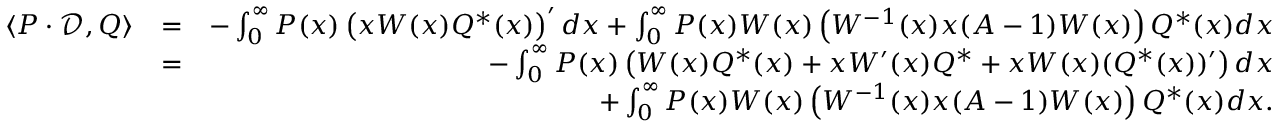
\begin{array} { r l r } { \langle P \cdot \mathcal { D } , Q \rangle } & { = } & { - \int _ { 0 } ^ { \infty } P ( x ) \left( x W ( x ) Q ^ { \ast } ( x ) \right) ^ { \prime } d x + \int _ { 0 } ^ { \infty } P ( x ) W ( x ) \left( W ^ { - 1 } ( x ) x ( A - 1 ) W ( x ) \right) Q ^ { \ast } ( x ) d x } \\ & { = } & { - \int _ { 0 } ^ { \infty } P ( x ) \left( W ( x ) Q ^ { \ast } ( x ) + x W ^ { \prime } ( x ) Q ^ { \ast } + x W ( x ) ( Q ^ { \ast } ( x ) ) ^ { \prime } \right) d x } \\ & { } & { + \int _ { 0 } ^ { \infty } P ( x ) W ( x ) \left( W ^ { - 1 } ( x ) x ( A - 1 ) W ( x ) \right) Q ^ { \ast } ( x ) d x . } \end{array}